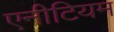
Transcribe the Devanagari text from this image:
एनीटियम